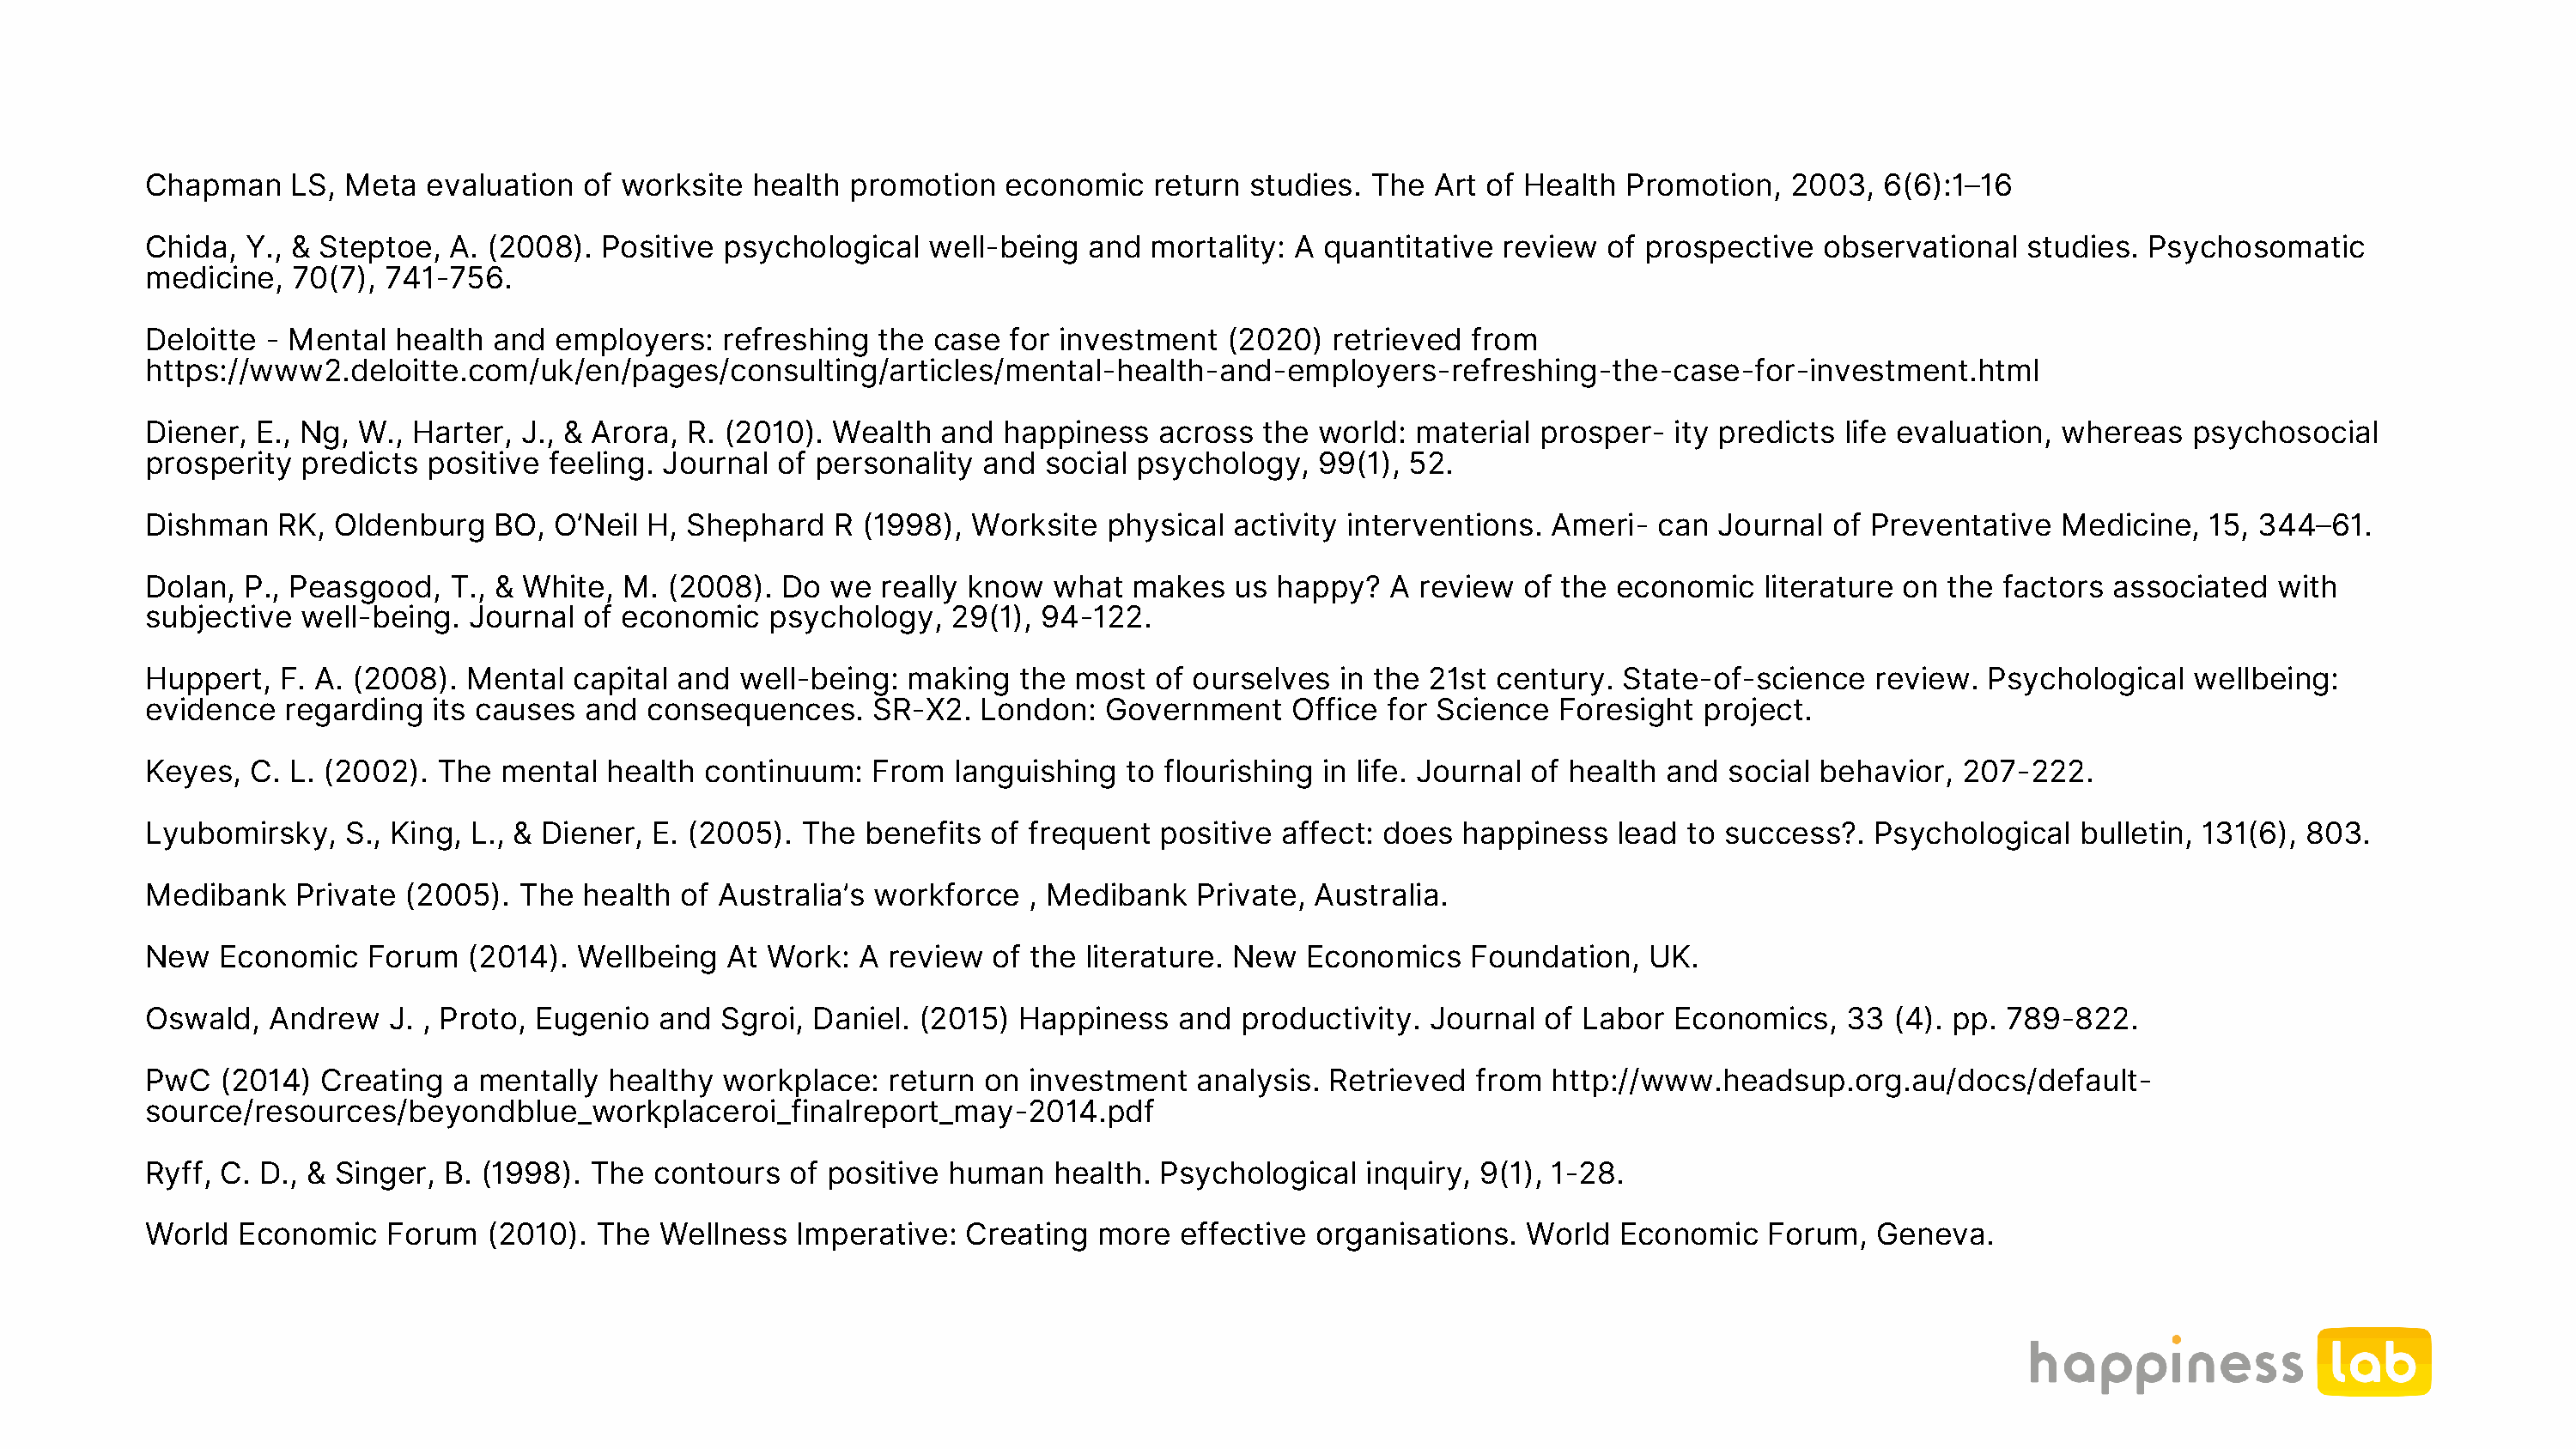
Chapman    LS,  Meta  evaluation  of worksite  health promotion   economic    return studies.  The  Art of Health Promotion,   2003,  6(6):1–16
 Chida,  Y., & Steptoe,  A. (2008). Positive  psychological   well-being  and  mortality: A quantitative  review  of prospective   observational  studies.  Psychosomatic
 medicine,   70(7), 741-756.
 Deloitte - Mental  health  and  employers:   refreshing  the case  for investment   (2020)  retrieved from
 https://www2.deloitte.com/uk/en/pages/consulting/articles/mental-health-and-employers-refreshing-the-case-for-investment.html
 Diener,  E., Ng, W., Harter, J., & Arora, R. (2010). Wealth   and happiness   across  the  world: material  prosper-  ity predicts life evaluation, whereas   psychosocial
 prosperity  predicts  positive feeling. Journal  of personality  and  social psychology,   99(1), 52.
 Dishman   RK,  Oldenburg   BO,  O’Neil H, Shephard   R (1998),  Worksite  physical  activity interventions.  Ameri-  can Journal  of Preventative   Medicine,  15, 344–61.
 Dolan,  P., Peasgood,   T., & White, M. (2008).  Do  we  really know  what  makes   us happy?   A review  of the  economic   literature on the factors  associated   with
 subjective  well-being.  Journal  of economic   psychology,   29(1), 94-122.
 Huppert,   F. A. (2008). Mental  capital and  well-being:  making   the most  of ourselves  in the 21st century.  State-of-science    review. Psychological   wellbeing:
 evidence   regarding  its causes  and  consequences.    SR-X2.   London:  Government     Office for Science  Foresight  project.
 Keyes,  C. L. (2002).  The  mental  health continuum:   From   languishing  to flourishing in life. Journal of health and social behavior,  207-222.
 Lyubomirsky,    S., King, L., & Diener, E. (2005). The  benefits of frequent  positive  affect: does  happiness   lead to success?.  Psychological   bulletin, 131(6), 803.
 Medibank    Private (2005).  The  health of Australia’s workforce   , Medibank   Private, Australia.
 New   Economic   Forum   (2014). Wellbeing   At Work:  A review  of the  literature. New  Economics   Foundation,   UK.
 Oswald,   Andrew   J. , Proto, Eugenio  and  Sgroi, Daniel. (2015)  Happiness   and  productivity. Journal  of Labor  Economics,   33  (4). pp. 789-822.
 PwC   (2014)  Creating  a mentally  healthy  workplace:  return  on investment   analysis. Retrieved   from  http://www.headsup.org.au/docs/default-
 source/resources/beyondblue_workplaceroi_finalreport_may-2014.pdf
 Ryff, C. D., & Singer, B. (1998). The  contours   of positive human   health. Psychological   inquiry, 9(1), 1-28.
 World  Economic    Forum   (2010). The  Wellness  Imperative:  Creating   more  effective organisations.   World  Economic   Forum,   Geneva.